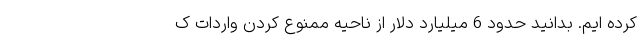
کرده ایم. بدانید حدود 6 میلیارد دلار از ناحیه ممنوع کردن واردات ک